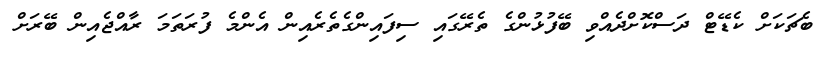
ބެޗަކަށް ކެޑޭޓް ދަސްކޮށްދެއްވި ބޭފުޅުންގެ ތެރޭގައި ސިފައިންގެތެރެއިން އެންމެ ފުރަތަމަ ރާއްޖެއިން ބޭރަށް